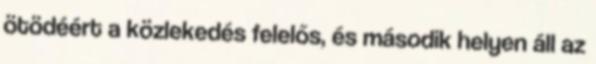
ötödéért a közlekedés felelős, és második helyen áll az